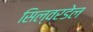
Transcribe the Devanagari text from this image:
सिल्वरडेल